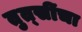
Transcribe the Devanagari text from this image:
तुत्‍सींचा